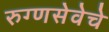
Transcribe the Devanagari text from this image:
रुग्णसेवेचे